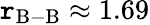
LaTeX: \mathtt{r}_{\mathrm{{B-B}}}\approx1.69